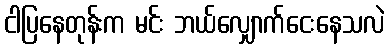
ငါပြနေတုန်းက မင်း ဘယ်လျှောက်ငေးနေသလဲ